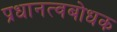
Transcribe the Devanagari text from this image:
प्रधानत्वबोधक